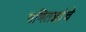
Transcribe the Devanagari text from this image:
गणितज्ञांचे